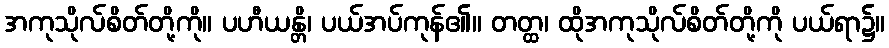
အကုသိုလ်စိတ်တို့ကို။ ပဟီယန္တိ၊ ပယ်အပ်ကုန်၏။ တတ္ထ၊ ထိုအကုသိုလ်စိတ်တို့ကို ပယ်ရာ၌။